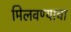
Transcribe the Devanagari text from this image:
मिलवण्याचा